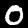
Label: 0